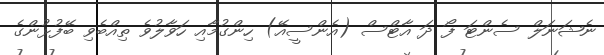
ނެޝަނަލް ސެންޓަ ފޯ ދަ އާޓްސް (އެންސީއޭ) ހިންގުމާއި ހަވާލުވެ ތިއްބެވި ބޭފުޅުންގެ